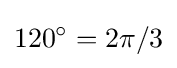
120^{\circ }=2\pi /3